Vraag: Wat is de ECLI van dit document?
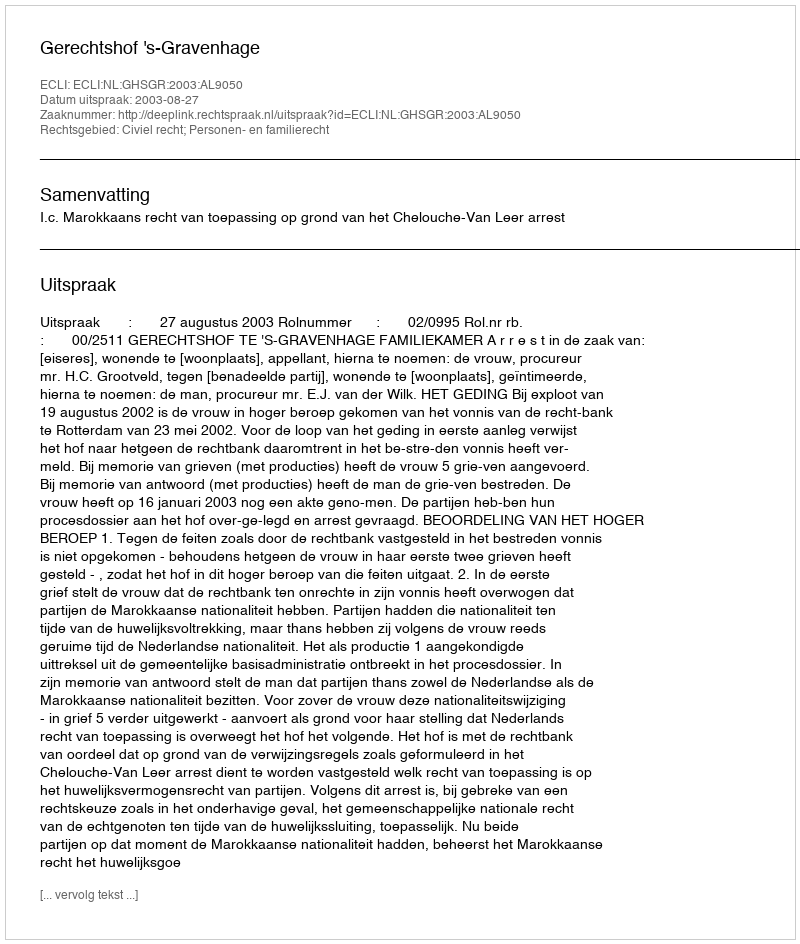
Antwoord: ECLI:NL:GHSGR:2003:AL9050